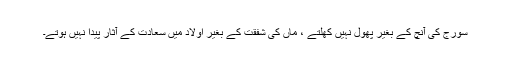
سورج کی آنچ کے بغیر پھول نہیں کھلتے ، ماں کی شفقت کے بغیر اولاد میں سعادت کے آثار پیدا نہیں ہوتے۔